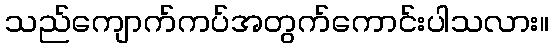
သည်ကျောက်ကပ်အတွက်ကောင်းပါသလား။